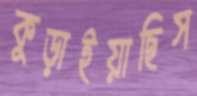
কুড়াইয়াছিস